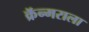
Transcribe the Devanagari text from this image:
क्रॅन्मराला